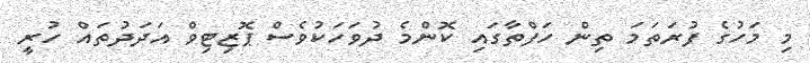
މި މަހުގެ ފުރަތަމަ ތިން ހަފްތާގައި ކޮންމެ ދުވަހަކުވެސް ޕޮޒިޓިވް އަދަދުތައް ހުރީ